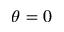
\theta = 0